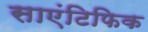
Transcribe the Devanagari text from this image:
साएंटिफिक